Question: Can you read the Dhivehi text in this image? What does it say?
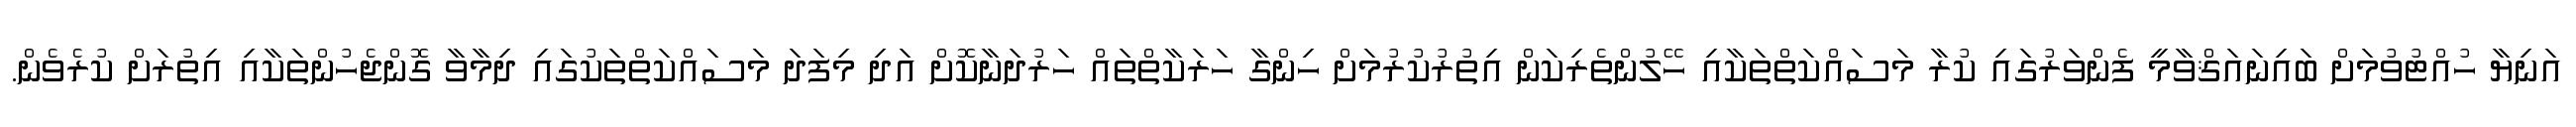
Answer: އަނިޔާ ހުއްޓުވުމަށް ބައިނައަޤްވާމީ ފެންވަރުގައި ކުރާ މަސައްކަތްތަކާއި ހޭލުންތެރިކަން އިތުރުކުރުމަށް ހިންގާ ހަރަކާތްތައް ހަރުދަނާކޮށް އަދި މިފަދަ މަސައްކަތްތަކުގައި ދިމާވާ ގޮންޖެހުންތަކާއި އިތުރަށް ކުރެވެން.